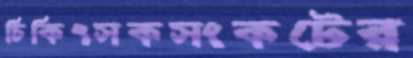
চিকিৎসকসংকটের